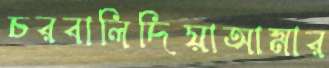
চরবালিদিয়াআমার